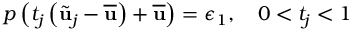
p \left( t _ { j } \left( \tilde { \mathbf { u } } _ { j } - \overline { { \mathbf { u } } } \right) + \overline { { \mathbf { u } } } \right) = \epsilon _ { 1 } , \quad 0 < t _ { j } < 1